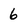
Character: 6